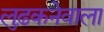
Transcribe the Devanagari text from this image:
लुढ़कनेवाला